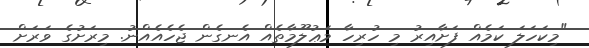
"މިކަހަލަ ކަމެއް ފަށާއިރު މި ހުރިހާ މަޢުލޫމާތެއް އެނގެން ޖެހެއެއްނު. މިރަށުގެ ވަރަށް